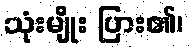
သုံးမျိုး ပြား၏၊